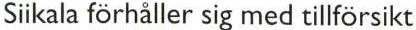
Siikala förhåller sig med tillförsikt